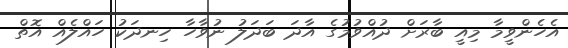
އެހެންވީމާ މިއީ ބާރަށް ދުއްވުމުގެ އާދަ ބަދަލު ނުވާހާ ހިނދަކު ހައްލެއް އޮތް